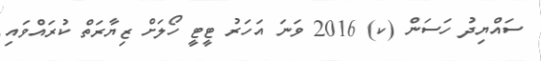
ސައްޔިދު ހަސަން (ކ) 2016 ވަނަ އަހަރު ޓީޓީ ހޯލަށް ޒިޔާރަތް ކުރައްވައި